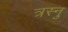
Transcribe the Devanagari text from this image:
त्रस्नु